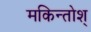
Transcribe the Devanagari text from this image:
मकिन्तोश्